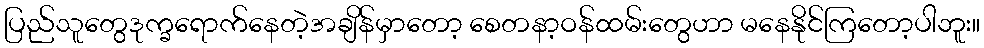
ပြည်သူတွေဒုက္ခရောက်နေတဲ့အချိန်မှာတော့ စေတနာ့ဝန်ထမ်းတွေဟာ မနေနိုင်ကြတော့ပါဘူး။